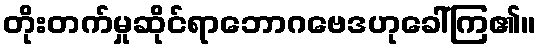
တိုးတက်မှုဆိုင်ရာဘောဂဗေဒဟုခေါ်ကြ၏။